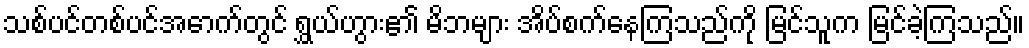
သစ်ပင်တစ်ပင်အောက်တွင် ရွှယ်ဟွား၏ မိဘများ အိပ်စက်နေကြသည်ကို မြင်သူက မြင်ခဲ့ကြသည်။